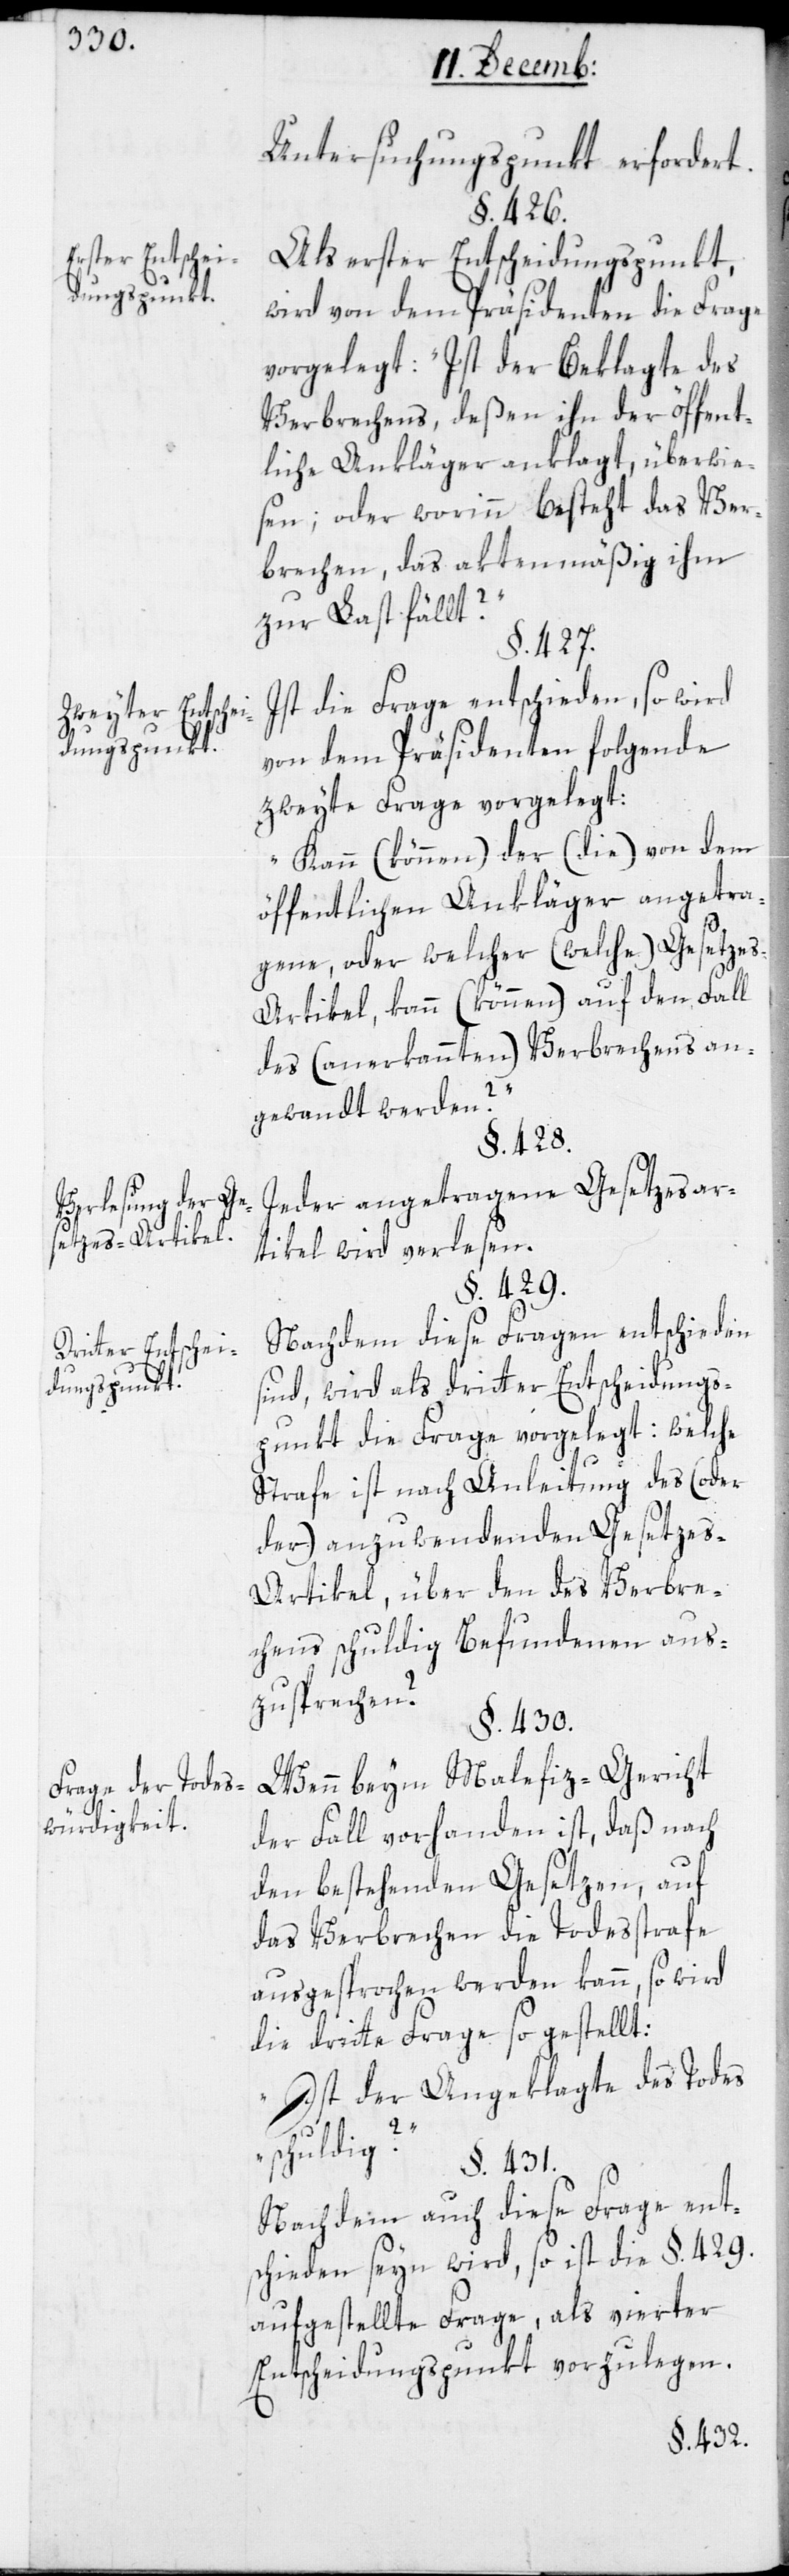
Erster Entschei¬
dungspunkt.
Zweyter Entschei¬
Verlesung der Ges¬
etzes-Artikel.
Dritter Entschei¬
Frage der Todes¬
würdigkeit.

Untersuchungspunkt erfordert.
§. 426.
Als erster Entscheidungspunkt,
wird von dem Präsidenten die Frage
vorgelegt: „Ist der Beklagte des
Verbrechens, deßen ihn der öffent¬
liche Ankläger anklagt, überwie¬
sen; oder worinn beßteht das Ver¬
brechen, das aktenmäßig ihm
zur Last fällt?“
§. 427.
Ist die Frage entschieden, so wird
von dem Präsidenten folgende
zweyte Frage vorgelegt:
„Kann (können) der (die) von dem
öffentlichen Ankläger angetra¬
gene, oder welcher (welche) Gesetze¬
s-Artikel, kann (können) auf den Fall
des (anerkannten) Verbrechens an¬
gewandt werden?“
§. 428.
Jeder angetragene Gesetzesar¬
tikel wird verlesen.
§. 429.
Nachdem diese Fragen entschieden
sind, wird als dritter Entscheidungs¬
punkt die Frage vorgelegt: [„]Welche
Strafe ist nach Anleitung des (oder
der) anzuwendenden Gesetze¬
s-Artikel, über den des Verbre¬
chens schuldig Befundenen aus¬
zusprechen?[“]
§. 430.
Wenn beim Malefiz-Gericht
der Fall vorhanden ist, daß nach
den bestehenden Gesetzen, auf
das Verbrechen die Todesstrafe
ausgesprochen werden kann, so wird
die dritte Frage so gestellt:
„Ist der Angeklagte des Todes
schuldig?“
§. 431.
Nach dem auch diese Frage ent¬
schieden seyn wird, so ist die §. 429.
aufgestellte Frage, als vierter
Entscheidungspunkt vorzulegen.